Lunatic asylums in Bengal annual reports 1888-1898 - 1888-1898
Year: 1888
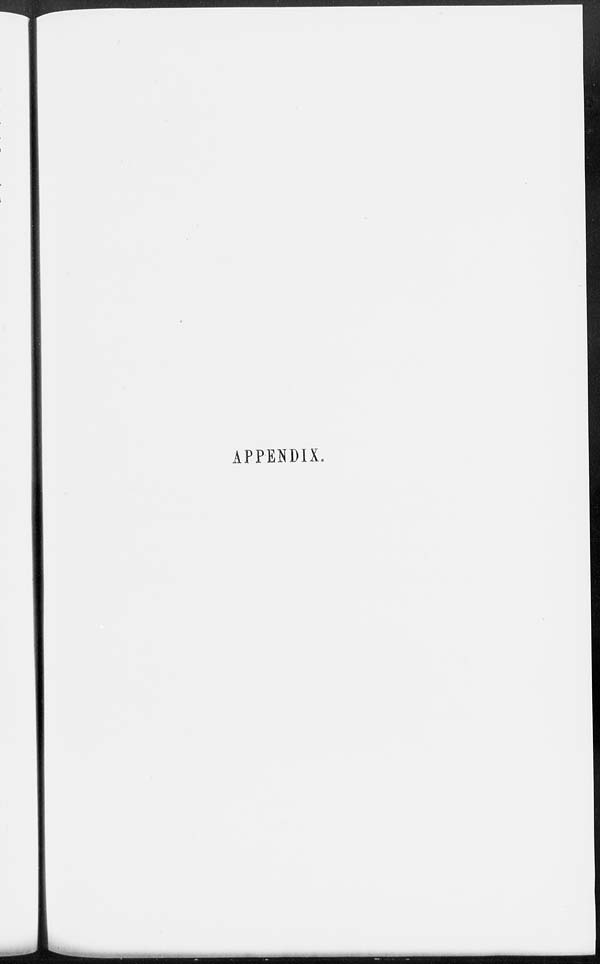
APPENDIX.